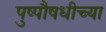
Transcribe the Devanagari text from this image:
पुष्पौषधीच्या